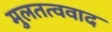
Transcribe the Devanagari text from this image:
मुलतत्ववाद